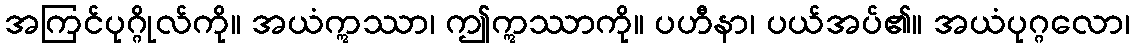
အကြင်ပုဂ္ဂိုလ်ကို။ အယံဣဿာ၊ ဤဣဿာကို။ ပဟီနာ၊ ပယ်အပ်၏။ အယံပုဂ္ဂလော၊